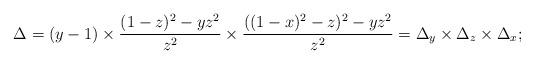
LaTeX: \begin{align*}\Delta=(y-1) \times {(1-z)^2-yz^2\over z^2} \times {((1-x)^2-z)^2-yz^2\over z^2} =\Delta_y \times \Delta_z \times \Delta_x;\end{align*}